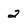
Character: 2